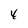
Character: 4